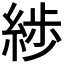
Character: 𦁗